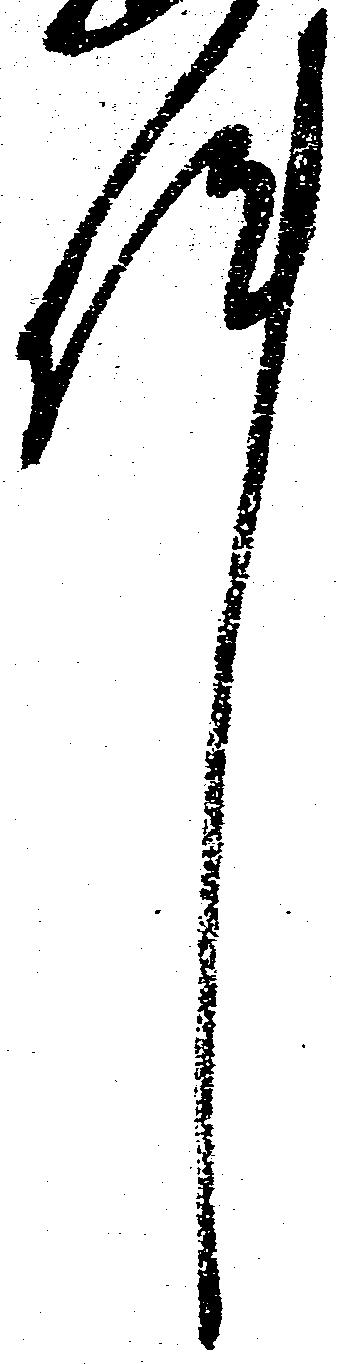
件